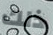
ذلك